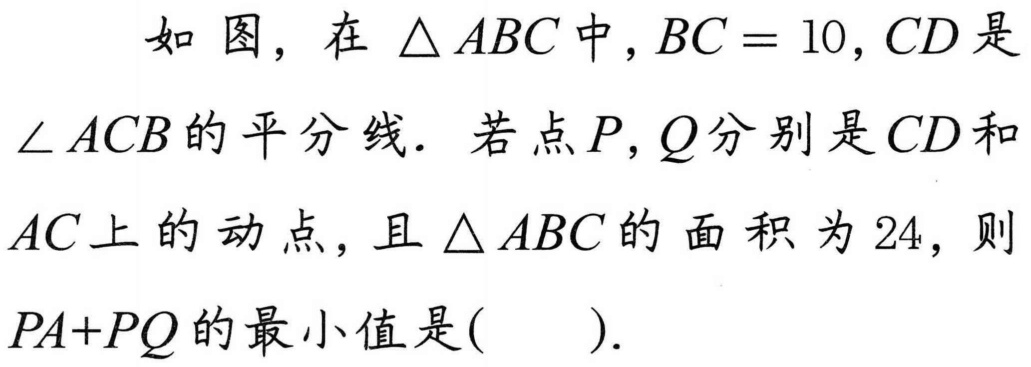
如图，在\(\triangle ABC\)中，\(BC = 10\)，\(CD\)是\(\angle ACB\)的平分线．若点\(P,Q\)分别是\(CD\)和\(AC\)上的动点，且\(\triangle ABC\)的面积为\(24\)，则\(PA + PQ\)的最小值是(  ).